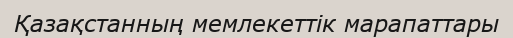
Қазақстанның мемлекеттік марапаттары